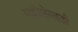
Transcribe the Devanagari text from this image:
एक्रोसेराइडी